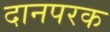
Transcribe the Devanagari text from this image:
दानपरक